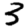
Digit: 3